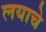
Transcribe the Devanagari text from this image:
लयाचे